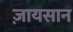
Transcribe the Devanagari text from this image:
ज़ायसान